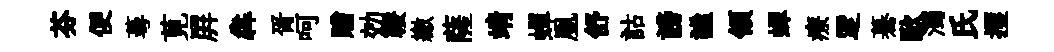
芬便蕚莧屛犇胥呵贈効鞍繳薩靖蟬凰舒詁謗謐領蟬療覂驀歐濁氏攫